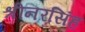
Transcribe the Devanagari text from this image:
श्रीनरसिंह